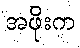
အဖိုးက